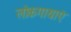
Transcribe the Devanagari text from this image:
लोकगाथाएं